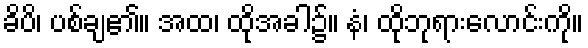
ခိပိ၊ ပစ်ချ၏။ အထ၊ ထိုအခါ၌။ နံ၊ ထိုဘုရားလောင်းကို။